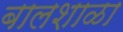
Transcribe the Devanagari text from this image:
बालशाळा